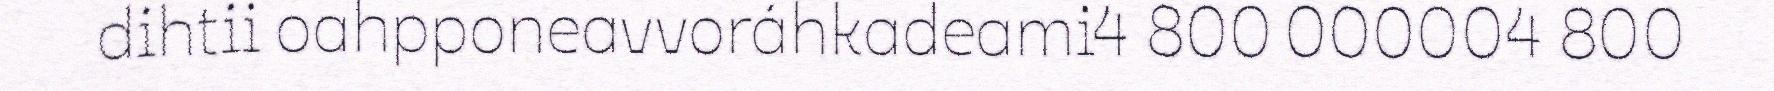
dihtii oahpponeavvoráhkadeami4 800 000004 800